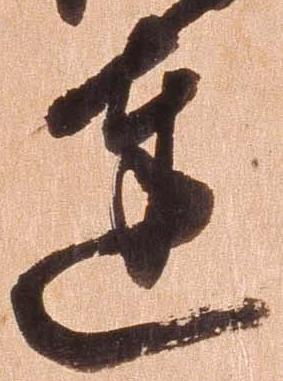
達